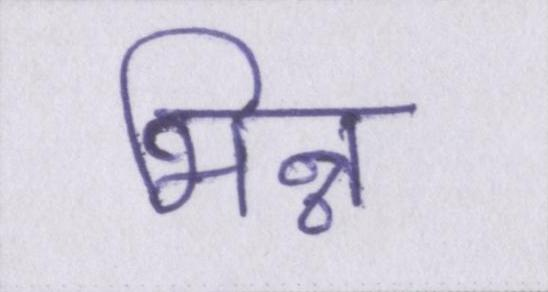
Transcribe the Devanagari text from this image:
भिन्न